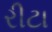
રીટા